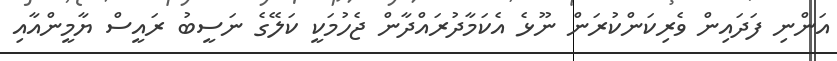
އަންނި ފަދައިން ވެރިކަންކުރަން ނޫޅެ އެކަމާދުރައްދާން ޖެހުމަކީ ކަލޭގެ ނަސީބު ރައީސް ޔާމީންއާއި